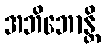
အဘိဘောန္တိ